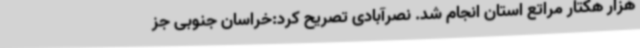
هزار هکتار مراتع استان انجام شد. نصرآبادی تصریح کرد:خراسان جنوبی جز